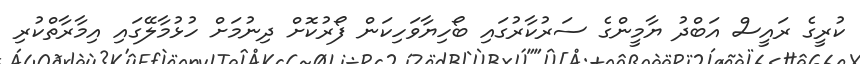
ކުރީގެ ރައީސް އަބްދު ޔާމީންގެ ސަރުކާރުގައި ބޯހިޔާވަހިކަން ފޯރުކޮށް ދިނުމަށް ހުޅުމާލޭގައި އިމާރާތްކުރި